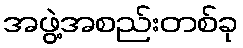
အဖွဲ့အစည်းတစ်ခု